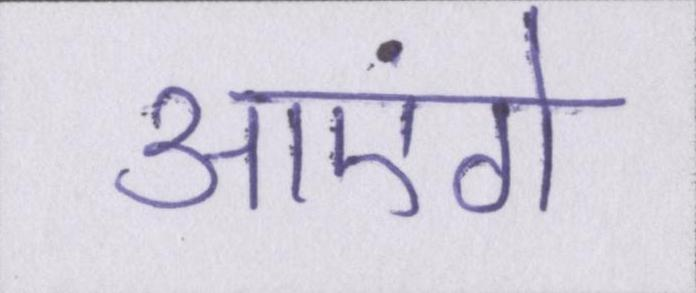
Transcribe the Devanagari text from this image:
आएंगे